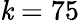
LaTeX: \mathit{k}=75